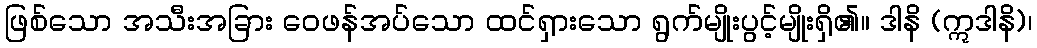
ဖြစ်သော အသီးအခြား ဝေဖန်အပ်သော ထင်ရှားသော ရွက်မျိုးပွင့်မျိုးရှိ၏။ ဒါနိ (ဣဒါနိ)၊